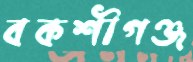
বকশীগঞ্জ